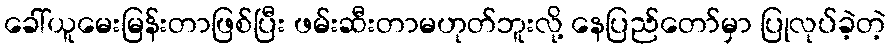
ခေါ်ယူမေးမြန်းတာဖြစ်ပြီး ဖမ်းဆီးတာမဟုတ်ဘူးလို့ နေပြည်တော်မှာ ပြုလုပ်ခဲ့တဲ့